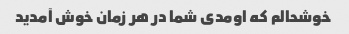
خوشحالم که اومدی شما در هر زمان خوش آمدید